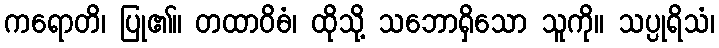
ကရောတိ၊ ပြု၏။ တထာဝိဓံ၊ ထိုသို့ သဘောရှိသော သူကို။ သပ္ပုရိသံ၊